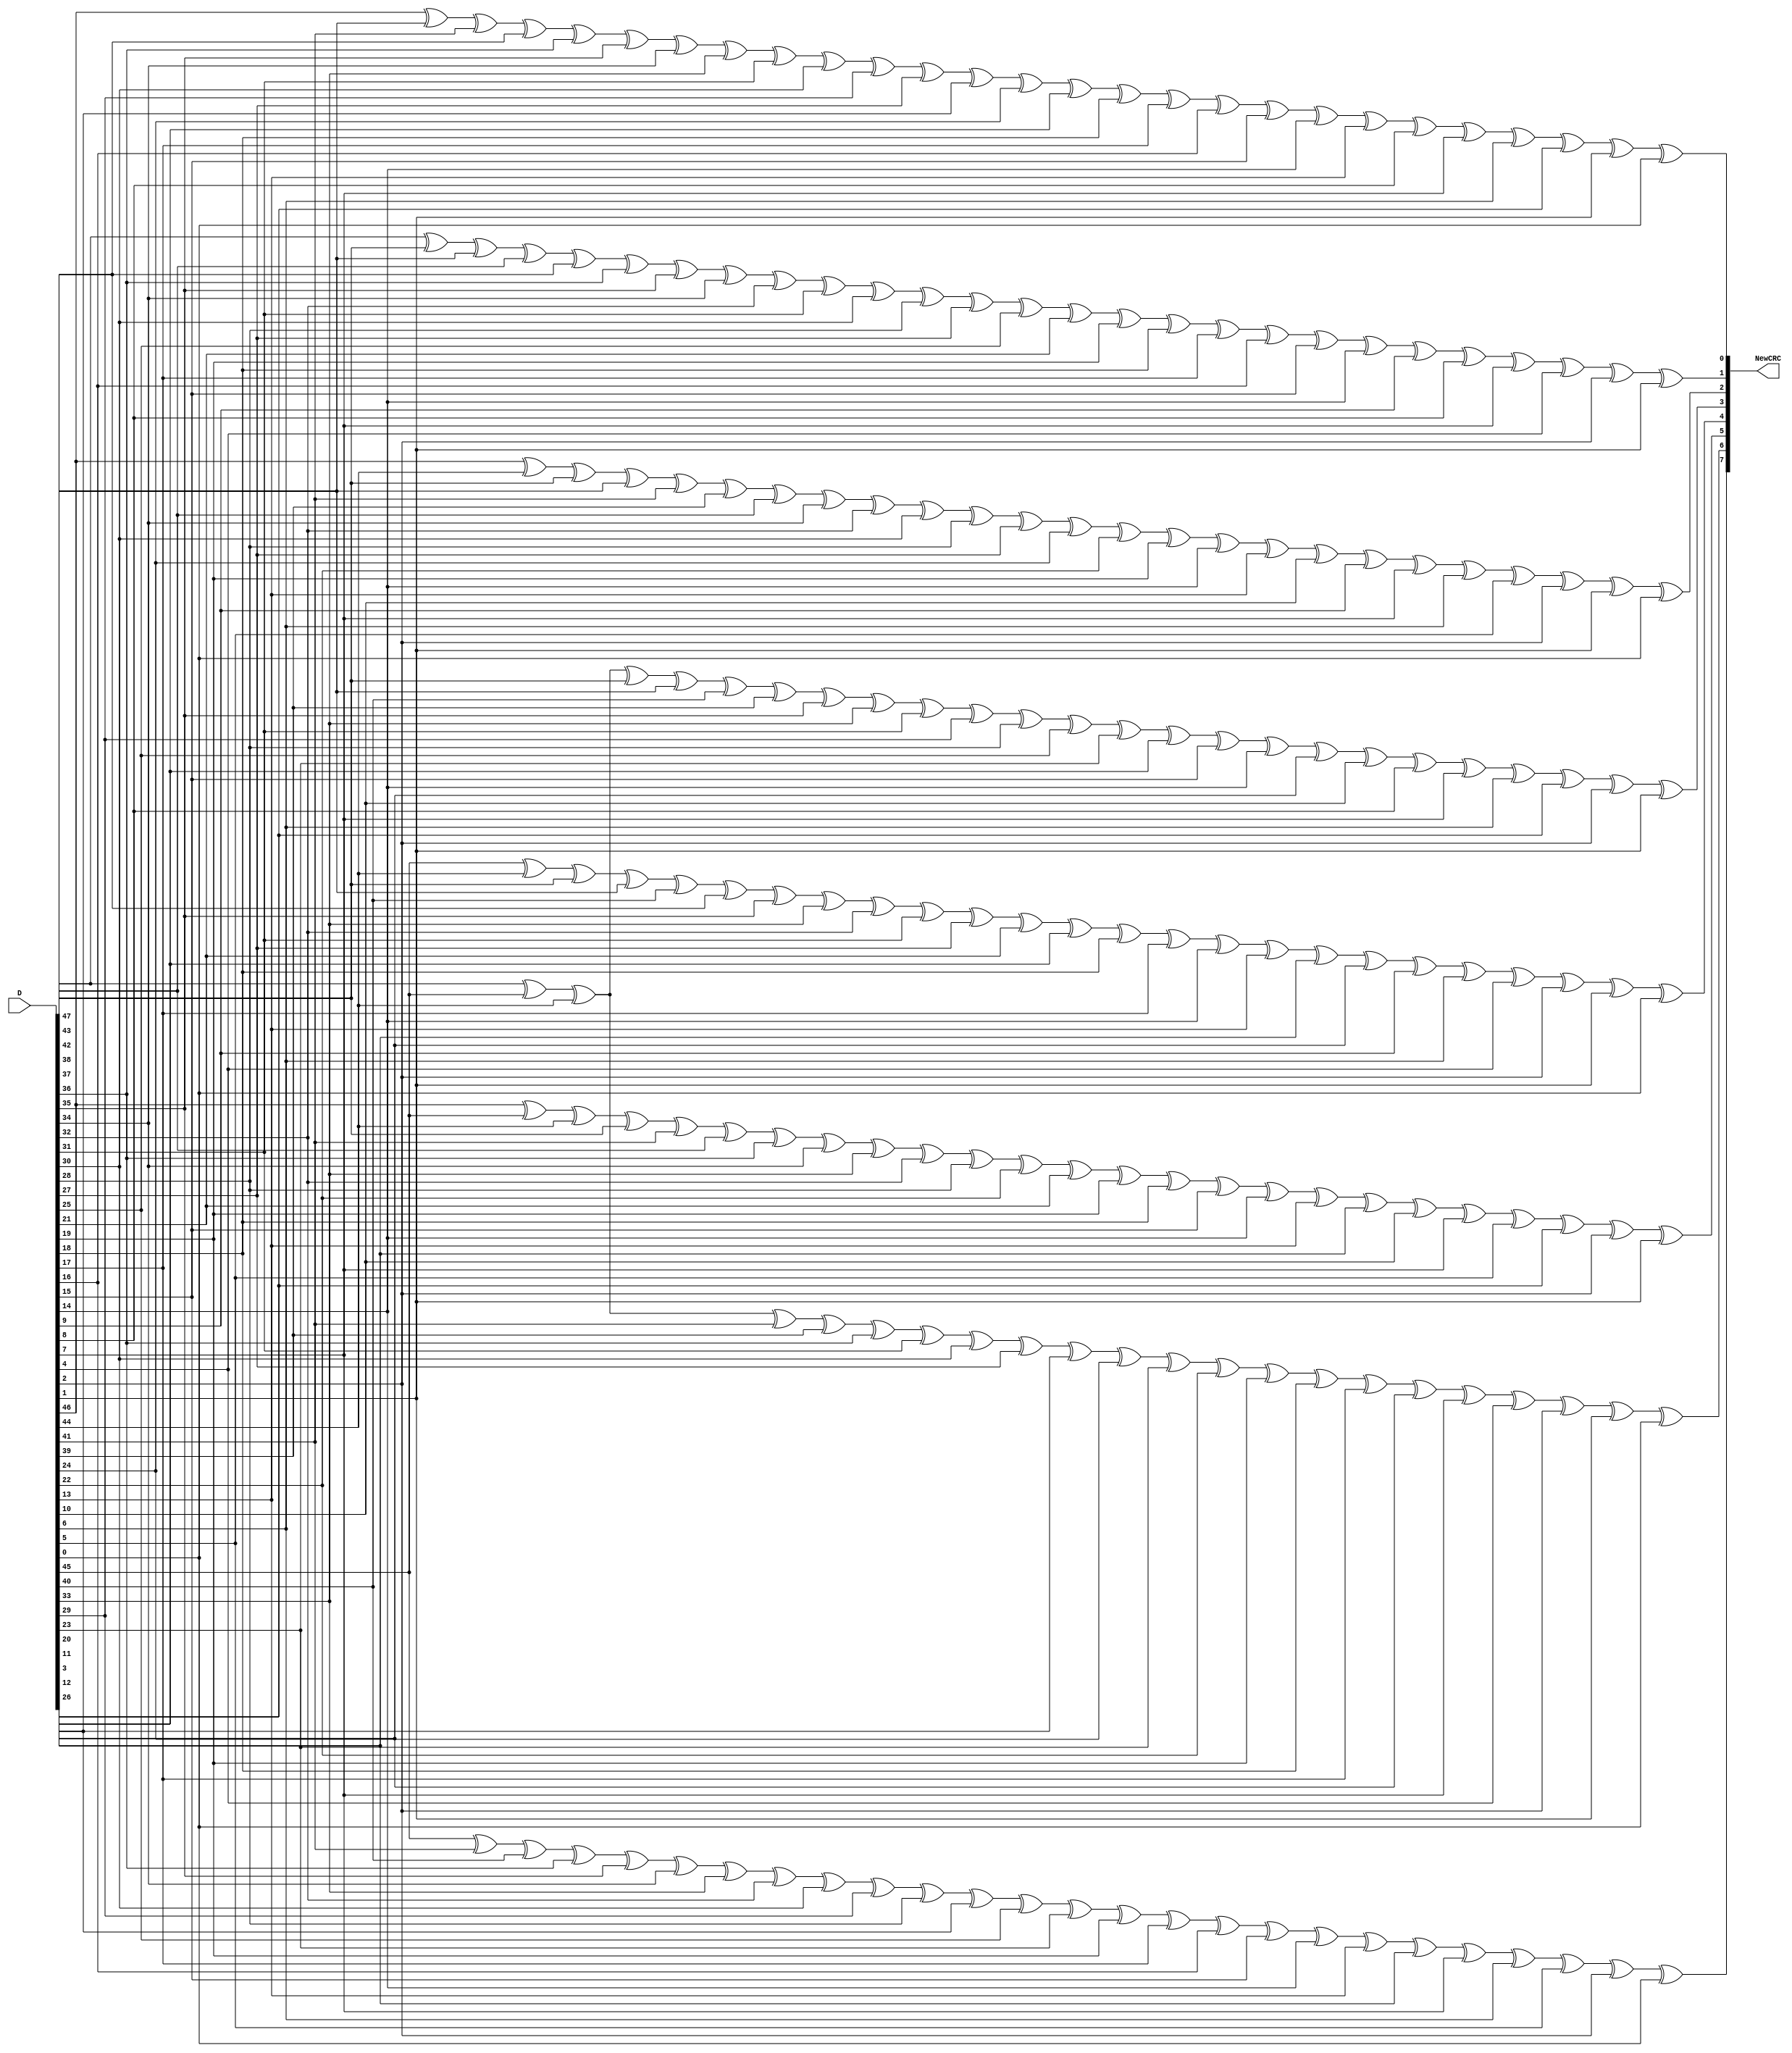
module CRC8_gen(
	input [47:0] D,
	output [7:0] NewCRC
);
		
	assign NewCRC[0] = D[46] ^ D[42] ^ D[41] ^ D[37] ^ D[36] ^ D[35] ^ D[34] ^ 
                D[33] ^ D[31] ^ D[30] ^ D[29] ^ D[27] ^ D[26] ^ D[24] ^ 
                D[20] ^ D[18] ^ D[17] ^ D[16] ^ D[15] ^ D[14] ^ D[13] ^ 
                D[8] ^ D[7] ^ D[6] ^ D[3] ^ D[1] ^ D[0];
    assign NewCRC[1] = D[47] ^ D[43] ^ D[42] ^ D[38] ^ D[37] ^ D[36] ^ D[35] ^ 
                D[34] ^ D[32] ^ D[31] ^ D[30] ^ D[28] ^ D[27] ^ D[25] ^ 
                D[21] ^ D[19] ^ D[18] ^ D[17] ^ D[16] ^ D[15] ^ D[14] ^ 
                D[9] ^ D[8] ^ D[7] ^ D[4] ^ D[2] ^ D[1];
    assign NewCRC[2] = D[46] ^ D[44] ^ D[43] ^ D[42] ^ D[41] ^ D[39] ^ D[38] ^ 
                D[34] ^ D[32] ^ D[30] ^ D[28] ^ D[27] ^ D[24] ^ D[22] ^ 
                D[19] ^ D[14] ^ D[13] ^ D[10] ^ D[9] ^ D[7] ^ D[6] ^ 
                D[5] ^ D[2] ^ D[1] ^ D[0];
    assign NewCRC[3] = D[47] ^ D[45] ^ D[44] ^ D[43] ^ D[42] ^ D[40] ^ D[39] ^ 
                D[35] ^ D[33] ^ D[31] ^ D[29] ^ D[28] ^ D[25] ^ D[23] ^ 
                D[20] ^ D[15] ^ D[14] ^ D[11] ^ D[10] ^ D[8] ^ D[7] ^ 
                D[6] ^ D[3] ^ D[2] ^ D[1];
    assign NewCRC[4] = D[45] ^ D[44] ^ D[43] ^ D[42] ^ D[40] ^ D[37] ^ D[35] ^ 
                D[33] ^ D[32] ^ D[31] ^ D[27] ^ D[21] ^ D[20] ^ D[18] ^ 
                D[17] ^ D[14] ^ D[13] ^ D[12] ^ D[11] ^ D[9] ^ D[6] ^ 
                D[4] ^ D[2] ^ D[1] ^ D[0];
    assign NewCRC[5] = D[46] ^ D[45] ^ D[44] ^ D[43] ^ D[41] ^ D[38] ^ D[36] ^ 
                D[34] ^ D[33] ^ D[32] ^ D[28] ^ D[22] ^ D[21] ^ D[19] ^ 
                D[18] ^ D[15] ^ D[14] ^ D[13] ^ D[12] ^ D[10] ^ D[7] ^ 
                D[5] ^ D[3] ^ D[2] ^ D[1];
    assign NewCRC[6] = D[47] ^ D[45] ^ D[44] ^ D[41] ^ D[39] ^ D[36] ^ D[31] ^ 
                D[30] ^ D[27] ^ D[26] ^ D[24] ^ D[23] ^ D[22] ^ D[19] ^ 
                D[18] ^ D[17] ^ D[11] ^ D[7] ^ D[4] ^ D[2] ^ D[1] ^ 
                D[0];
    assign NewCRC[7] = D[45] ^ D[41] ^ D[40] ^ D[36] ^ D[35] ^ D[34] ^ D[33] ^ 
                D[32] ^ D[30] ^ D[29] ^ D[28] ^ D[26] ^ D[25] ^ D[23] ^ 
                D[19] ^ D[17] ^ D[16] ^ D[15] ^ D[14] ^ D[13] ^ D[12] ^ 
                D[7] ^ D[6] ^ D[5] ^ D[2] ^ D[0];

endmodule